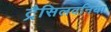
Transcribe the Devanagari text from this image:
ट्रैसिलवनिया